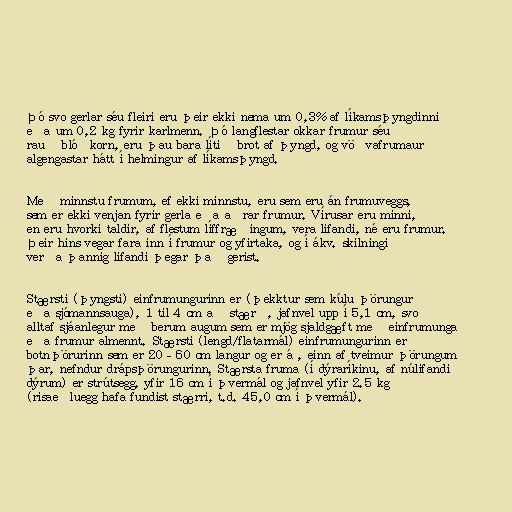
Þó svo gerlar séu fleiri eru þeir ekki nema um 0,3% af líkamsþyngdinni
eða um 0,2 kg fyrir karlmenn. Þó langflestar okkar frumur séu
rauð blóðkorn, eru þau bara lítið brot af þyngd, og vöðvafrumaur
algengastar hátt í helmingur af líkamsþyngd.

Með minnstu frumum, ef ekki minnstu, eru sem eru án frumuveggs,
sem er ekki venjan fyrir gerla eða aðrar frumur. Vírusar eru minni,
en eru hvorki taldir, af flestum líffræðingum, vera lifandi, né eru frumur.
Þeir hins vegar fara inn í frumur og yfirtaka, og í ákv. skilningi
verða þannig lifandi þegar það gerist.

Stærsti (þyngsti) einfrumungurinn er (þekktur sem kúlu þörungur
eða sjómannsauga), 1 til 4 cm að stærð, jafnvel upp í 5,1 cm, svo
alltaf sjáanlegur með berum augum sem er mjög sjaldgæft með einfrumunga
eða frumur almennt. Stærsti (lengd/flatarmál) einfrumungurinn er
botnþörurinn sem er 20–60 cm langur og er á , einn af tveimur þörungum
þar, nefndur drápsþörungurinn. Stærsta fruma (í dýraríkinu, af núlifandi
dýrum) er strútsegg, yfir 16 cm í þvermál og jafnvel yfir 2.5 kg
(risaeðluegg hafa fundist stærri, t.d. 45,0 cm í þvermál).